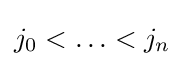
j_{0}<\ldots <j_{n}